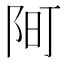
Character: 𫔿